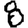
Digit: 8